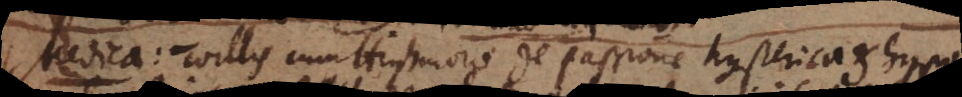
Medica: Willis cum Highmoro de passione hysterica et hypo-